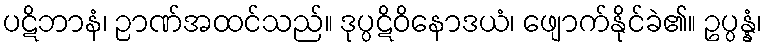
ပဋိဘာနံ၊ ဉာဏ်အထင်သည်။ ဒုပ္ပဋိဝိနောဒယံ၊ ဖျောက်နိုင်ခဲ၏။ ဥပ္ပန္နံ၊